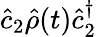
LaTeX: \hat{c}_{2}\hat{\rho}(t)\hat{c}_{2}^{\dagger}